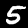
Label: 5